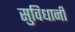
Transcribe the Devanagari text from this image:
सुविधानी